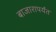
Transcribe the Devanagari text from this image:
बाजारापर्यंत